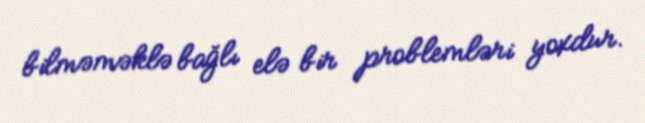
bilməməklə bağlı elə bir problemləri yoxdur.